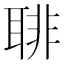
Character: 𦖕